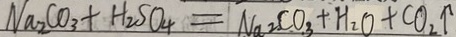
N a _ { 2 } C O _ { 3 } + H _ { 2 } S O _ { 4 } = N a _ { 2 } C O _ { 3 } + H _ { 2 } O + C O _ { 2 } \uparrow